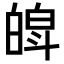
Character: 𤾍